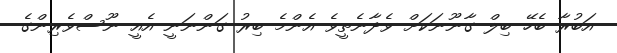
އަބުރާ ބެހޭ ބިލް ގާނޫނަކަށް ވެދާނެތީވެ އެންމެ ބިރު ގަންނަނީ އެއީ ނޫސްވެރިންގެ